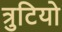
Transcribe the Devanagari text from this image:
त्रुटियो